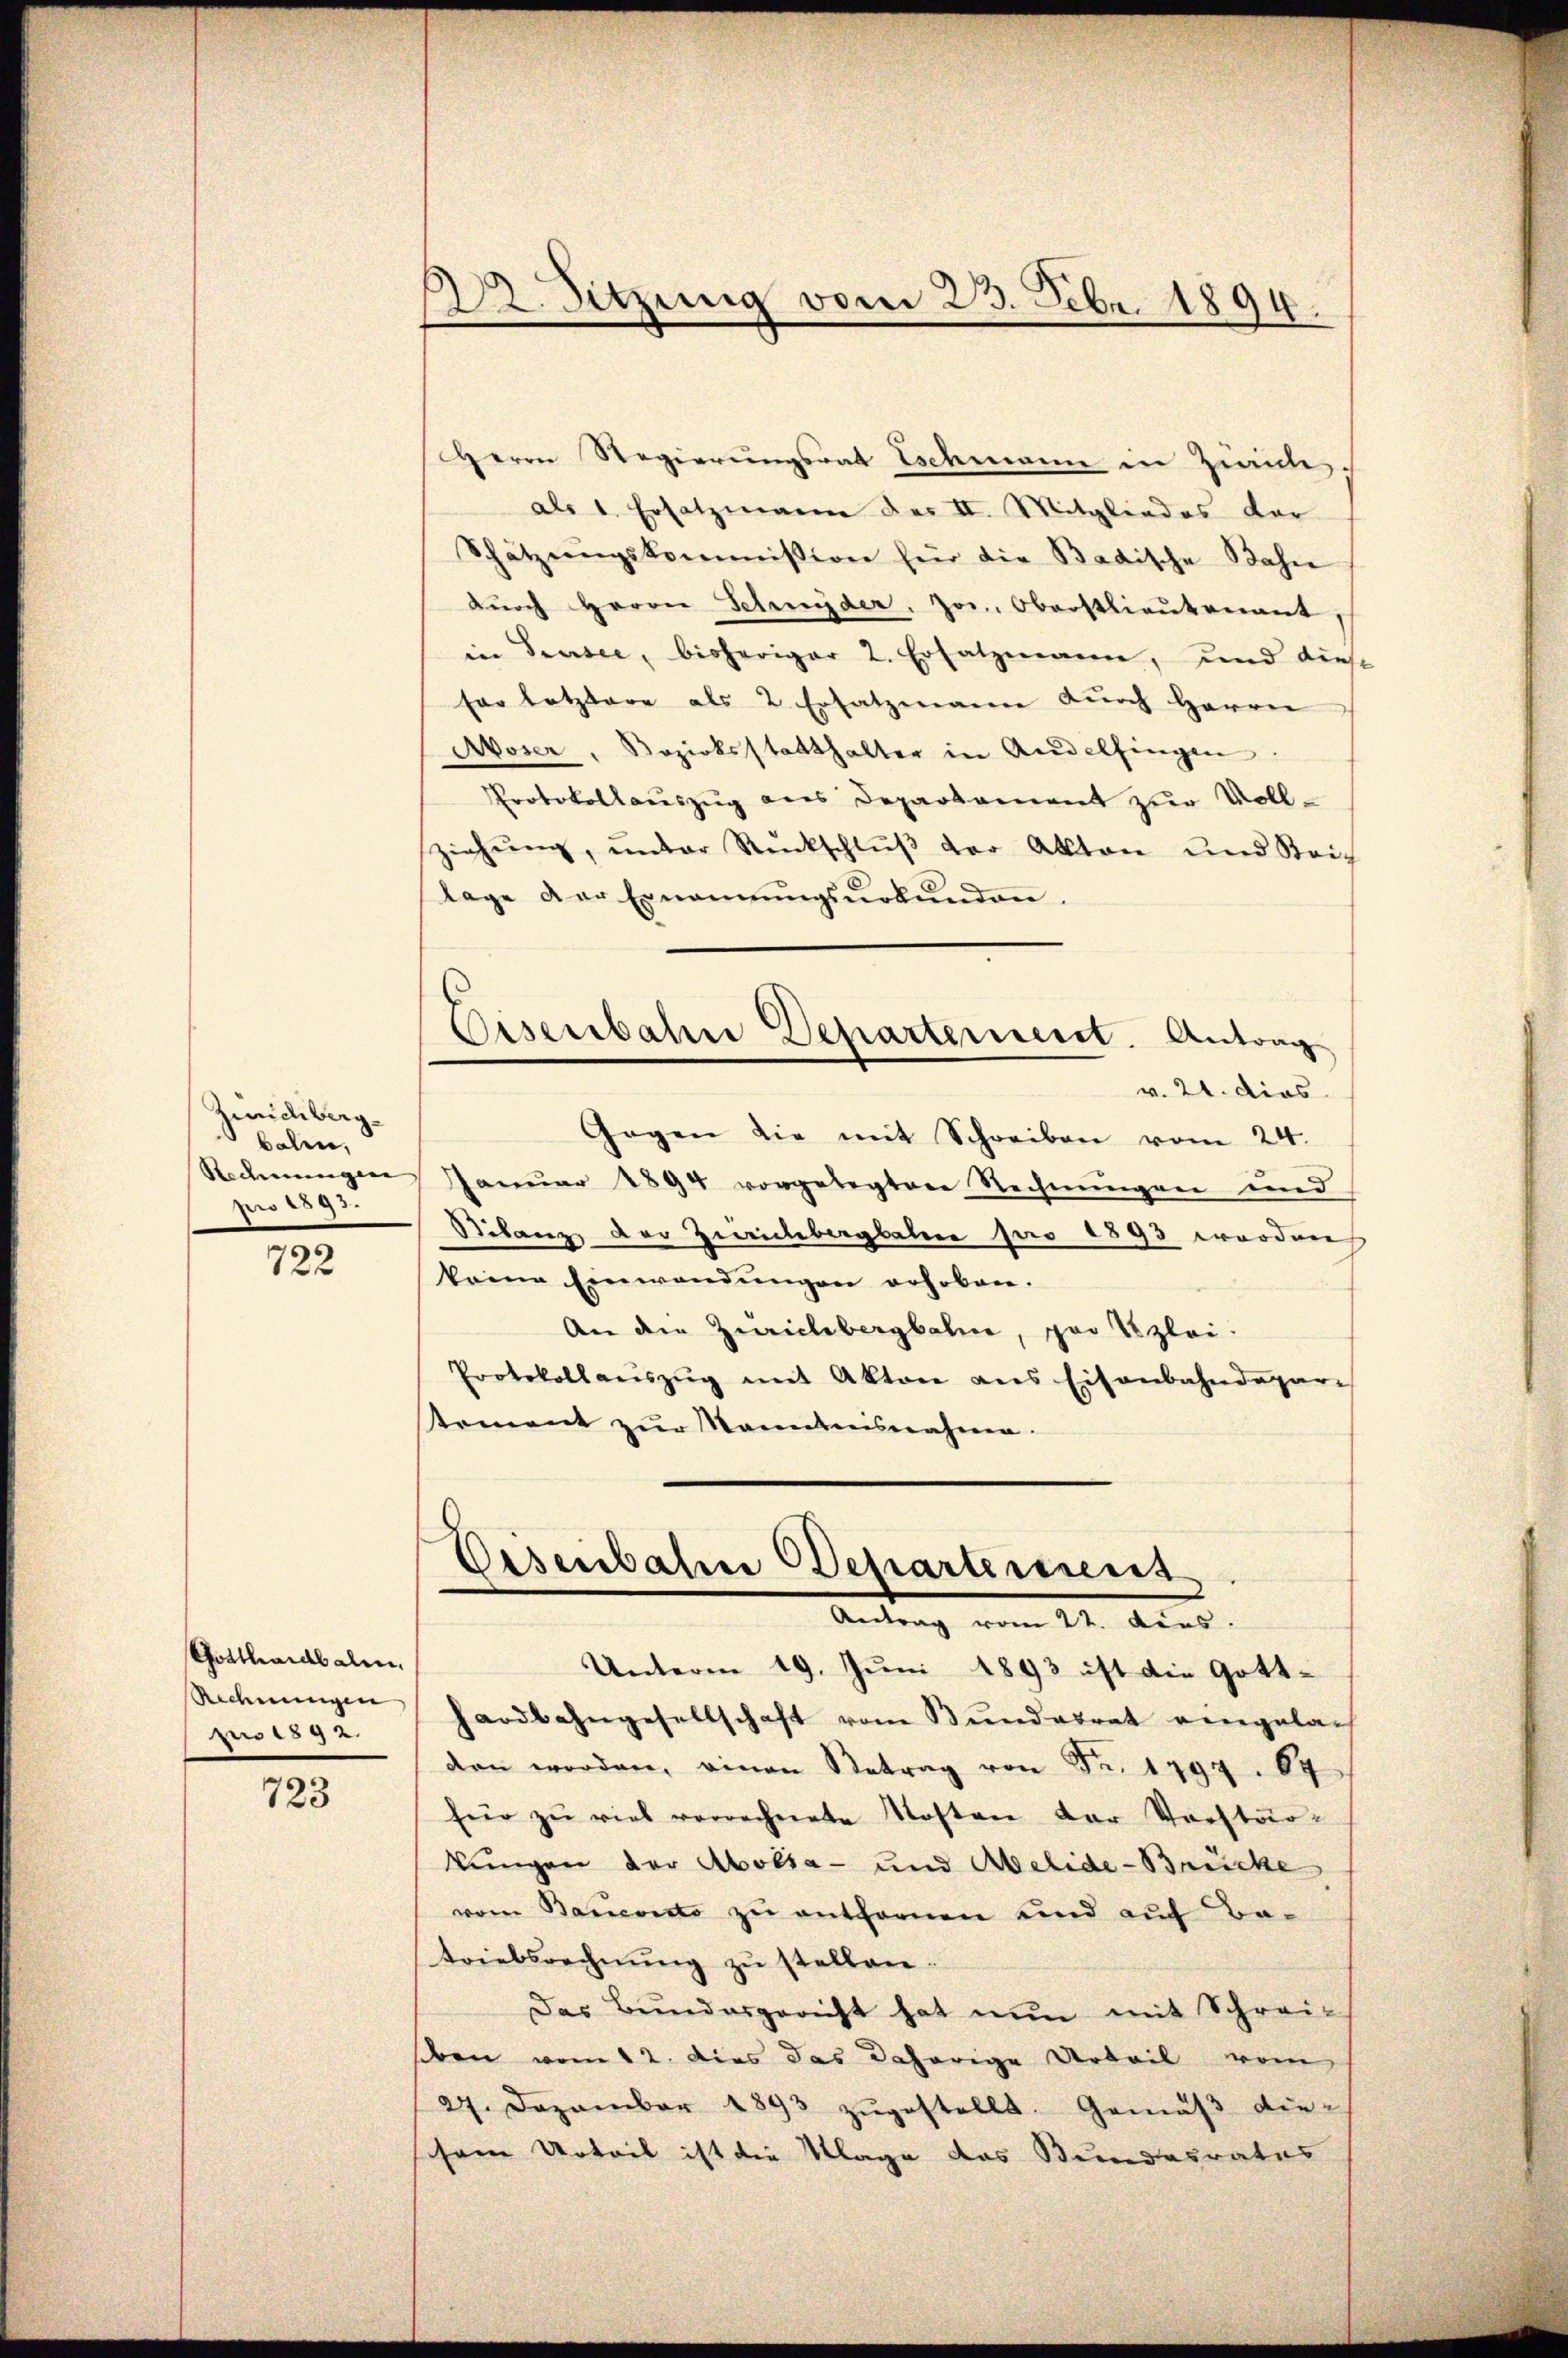
Zürichberg.
balen,
Redmungen
pro 1893.

722

Gotthardbalen.
Rechnungen
pro 1892.

723

2. Sitzung vom 23. Febr. 1894.

Herrn Regierungsrat Eschmann in Zürichsals 1. Ersatzmann des II. Mitgliedes dar
Schätzungskommission für die Badische Bahn
dŭrch Herrn Schnyder, Jos. Oberstlieutenant,
in Drusee, bisheriger 2. Ersatzmann, und diese
fer letztere als 2. Ersatzmann dŭrch Herrn
Moser, Bezirksstatthalter in Andelfingen
Protokollaŭszŭg ans Departement zŭr Voll-
ziehŭng ŭnter Rückschlŭβ der Akten und Stric
lage der Ernannŭngsŭrkŭnden.
Eisenbahre Departement. Antrag
v. 21. dies
Gegen die mit Schreiben vom 24.
Januar 1894 vorgelegten Rechnungen und
Silanz der Zeichbergbahn pro 1893 worden
keine Einwendungen erhoben.
An dem Zürichbergbahne, par tzlei:
Protokollaŭszŭg mit Akten ans Eisenbahndepar-
Roment zur Manntnisnahme.

Eisenbahn Departerrent
Antrag vom 14. Ains.
Unterm 19. Juni 1893 ist die Gott-

hardbahngesellschaft vom Bŭndesrat eingeladen worden, amon Betrag von Fr. 1797. 64
für zu viel verrechnete Kosten der Vorstärkungen der Abolia- und Abelide-Brücke
vom Bacevuto zu entfernen und auf Batriebsrechnŭng zŭ stellen.
Das Bundesgericht hat nun mit Schreisiben vom 12. dies das daherige Arbeil vom
27. Dezember 1893 zŭgestellt. Gemäβ diesem Urteil ist die Klage das Bundesrates